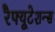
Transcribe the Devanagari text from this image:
रेैफ्यूटेशन्स